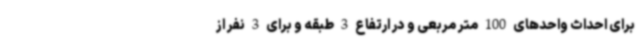
برای احداث واحدهای 100 متر مربعی و در ارتفاع 3 طبقه و برای 3 نفر از